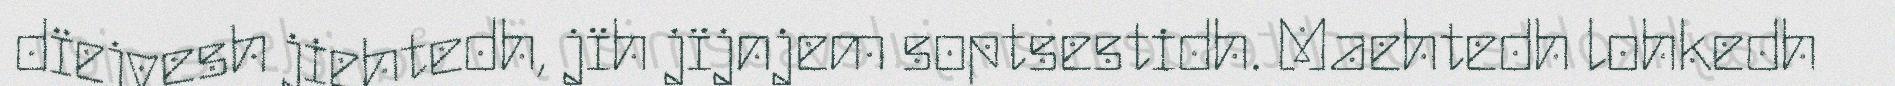
dïejvesh jiehtedh, jïh jïjnjem soptsestidh. Maehtedh lohkedh